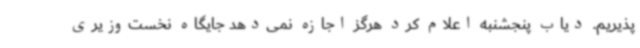
پذیریم. دیاب پنجشنبه اعلام کرد هرگز اجازه نمی‌دهد جایگاه نخست‌وزیری